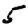
Digit: 5